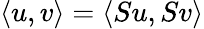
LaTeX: \langle u,v\rangle=\langle Su,Sv\rangle